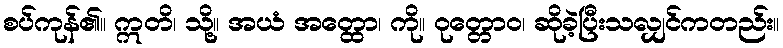
စပ်ကုန်၏။ ဣတိ၊ သို့။ အယံ အတ္ထော၊ ကို။ ဝုတ္တောဝ၊ ဆိုခဲ့ပြီးသလျှင်ကတည်း။